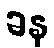
ခန